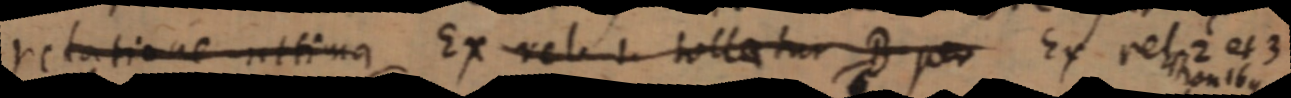
relatione ultima Ex rel. tollatur B per Ex rel. 2 et 3